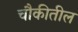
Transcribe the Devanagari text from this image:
चौकीतील